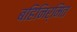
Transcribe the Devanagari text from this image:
बहिनिर्मित